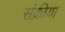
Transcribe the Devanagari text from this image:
संक्रीया